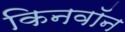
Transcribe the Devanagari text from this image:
किनवॉन